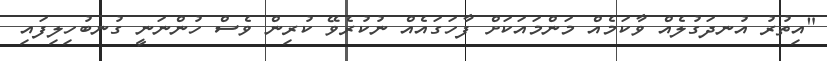
"އިތުރު އުނދަގުލެއް ވާކަމެއް މަންމައަކަށް ފާހަގައެއް ނުކުރެވޭ ކުރިން ވެސް ހުންނަނީ ގުނބުހިލިފައި